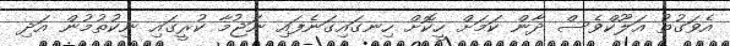
އެވަގުތު އަލޫކްވެސް ދާން ކަމަށް ހީކޮށް ހިނގައިގަނެފައި ނަޖުމާ ކުރީގައި ނިކުތުމުން އަދި